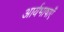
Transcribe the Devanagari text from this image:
आर्यभाषाएँ